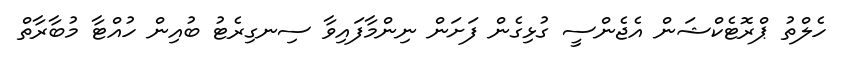
ހެލްތު ޕްރޮޓެކްޝަން އެޖެންސީ ގުޅިގެން ފަށަން ނިންމާފައިވާ ސިނގިރެޓު ބުއިން ހުއްޓާ މުބާރާތް